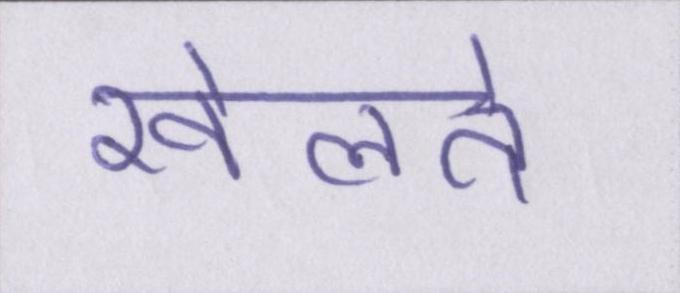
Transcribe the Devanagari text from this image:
खेलते